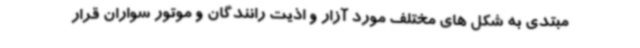
مبتدی به شکل های مختلف مورد آزار و اذیت رانندگان و موتور سواران قرار